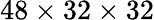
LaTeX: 48\times 32\times 32